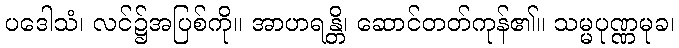
ပဒေါသံ၊ လင်၌အပြစ်ကို။ အာဟရန္တိ၊ ဆောင်တတ်ကုန်၏။ သမ္မပုဏ္ဏမုခ၊